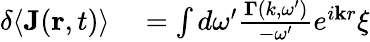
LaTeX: \begin{array}{rl}{\delta\langle\mathbf{J}(\mathbf{r},t)\rangle}&{{}=\int d\omega^{\prime}\frac{\mathbf{\Gamma}\left(k,\omega^{\prime}\right)}{-\omega^{\prime}}e^{i\mathbf{k}r}\xi}\end{array}